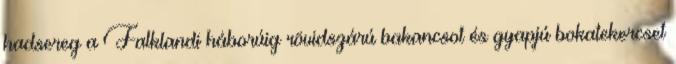
hadsereg a Falklandi háborúig rövidszárú bakancsot és gyapjú bokatekercset